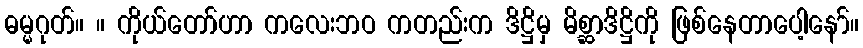
ဓမ္မဂုတ်။ ။ ကိုယ်တော်ဟာ ကလေးဘဝ ကတည်းက ဒိဋ္ဌိမှ မိစ္ဆာဒိဋ္ဌိကို ဖြစ်နေတာပေါ့နော်။